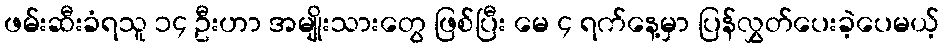
ဖမ်းဆီးခံရသူ ၁၄ ဦးဟာ အမျိုးသားတွေ ဖြစ်ပြီး မေ ၄ ရက်နေ့မှာ ပြန်လွှတ်ပေးခဲ့ပေမယ့်